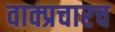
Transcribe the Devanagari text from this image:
वाक्प्रचारच